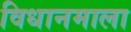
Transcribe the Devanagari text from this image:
विधानमाला